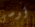
أوصى